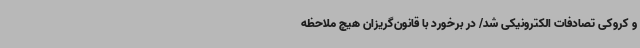
و کروکی‌ تصادفات الکترونیکی شد/ در برخورد با قانون‌گریزان هیچ ملاحظه